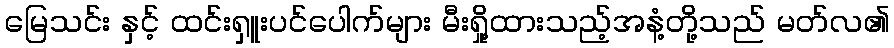
မြေသင်း နှင့် ထင်းရှူးပင်ပေါက်များ မီးရှို့ထားသည့်အနံ့တို့သည် မတ်လ၏